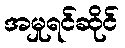
အမှုရင်ဆိုင်